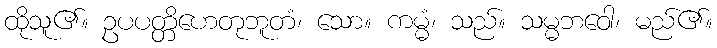
ထိုသူ၏။ ဥပပတ္တိဟေတုဘူတံ၊ သော။ ကမ္မံ၊ သည်။ သမ္မဘဝေါ၊ မည်၏။